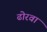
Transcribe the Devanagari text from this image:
ढोरवां